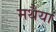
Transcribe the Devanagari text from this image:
मथैया